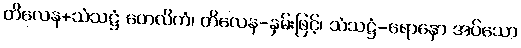
တိလေန+သံသဋ္ဌံ တေလိကံ၊ တိလေန-နှမ်းဖြင့်၊ သံသဋ္ဌံ-ရောနှော အပ်သော